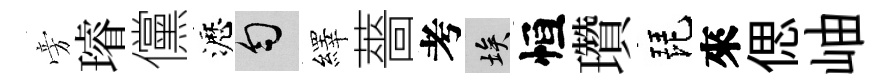
旁璿儻瀝匀繹薔考埃恒瓚琵來偲岫